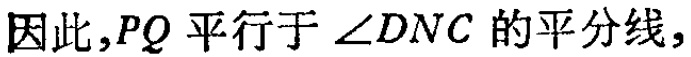
因此，$PQ$ 平行于 $\angle DNC$ 的平分线，